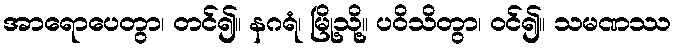
အာရောပေတွာ၊ တင်၍။ နဂရံ၊ မြို့သို့။ ပဝိသိတွာ၊ ဝင်၍။ သမဏဿ